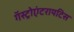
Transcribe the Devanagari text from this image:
गॅस्ट्रोएंटरायटिस